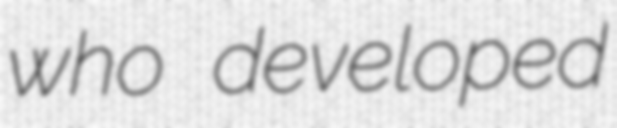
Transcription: who developed